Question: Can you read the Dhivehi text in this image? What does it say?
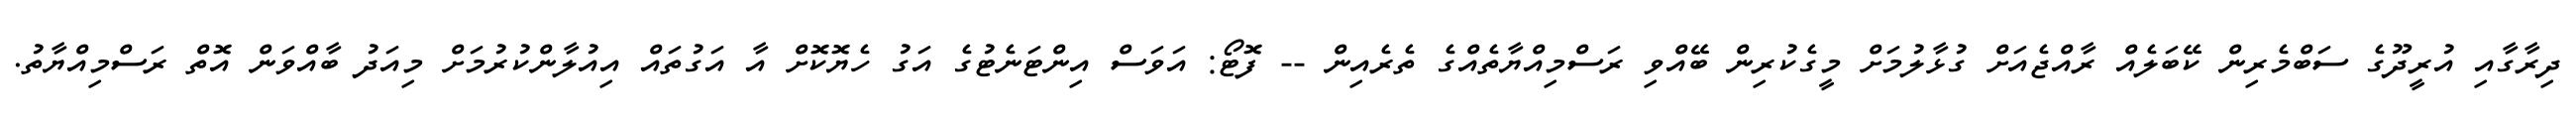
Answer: ދިރާގާއި އުރީދޫގެ ސަބްމެރިން ކޭބަލެއް ރާއްޖެއަށް ގުޅާލުމަށް މީގެކުރިން ބޭއްވި ރަސްމިއްޔާތެއްގެ ތެރެއިން -- ފޮޓޯ: އަވަސް އިންޓަނެޓުގެ އަގު ހެޔޮކޮށް އާ އަގުތައް އިއުލާންކުރުމަށް މިއަދު ބާއްވަން އޮތް ރަސްމިއްޔާތު.